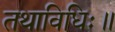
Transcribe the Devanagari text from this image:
तथाविधिः॥